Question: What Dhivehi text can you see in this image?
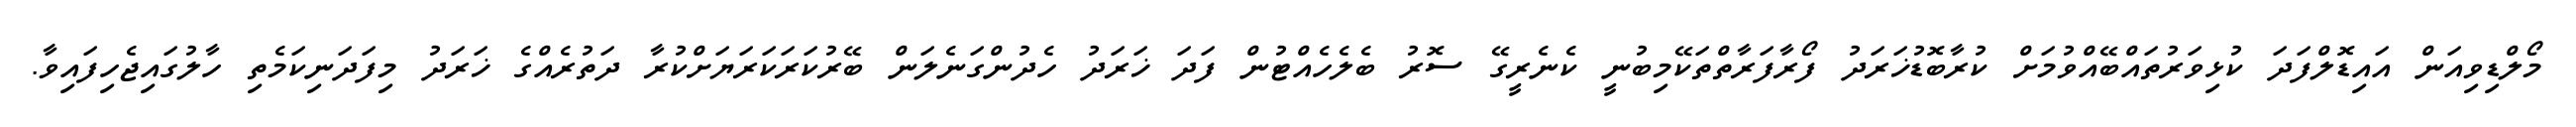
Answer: މޯލްޑިވިއަން އައިޑޮލްފަދަ ކުޅިވަރުތައްބޭއްވުމަށް ކުރާބޮޑުޚަރަދު ފޯރާފަރާތްތަކޭމިބުނީ ކެނެރީގޭ ސޮރު ބެލެހެއްޓުން ފަދަ ޚަރަދު ހެދުންގަނެލަން ބޭރުކަރަކަރަޔަށްކުރާ ދަތުރެއްގެ ޚަރަދު މިފަދަނިކަމެތި ހާލުގައިޖެހިފައިވާ.